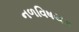
નળવિષયક